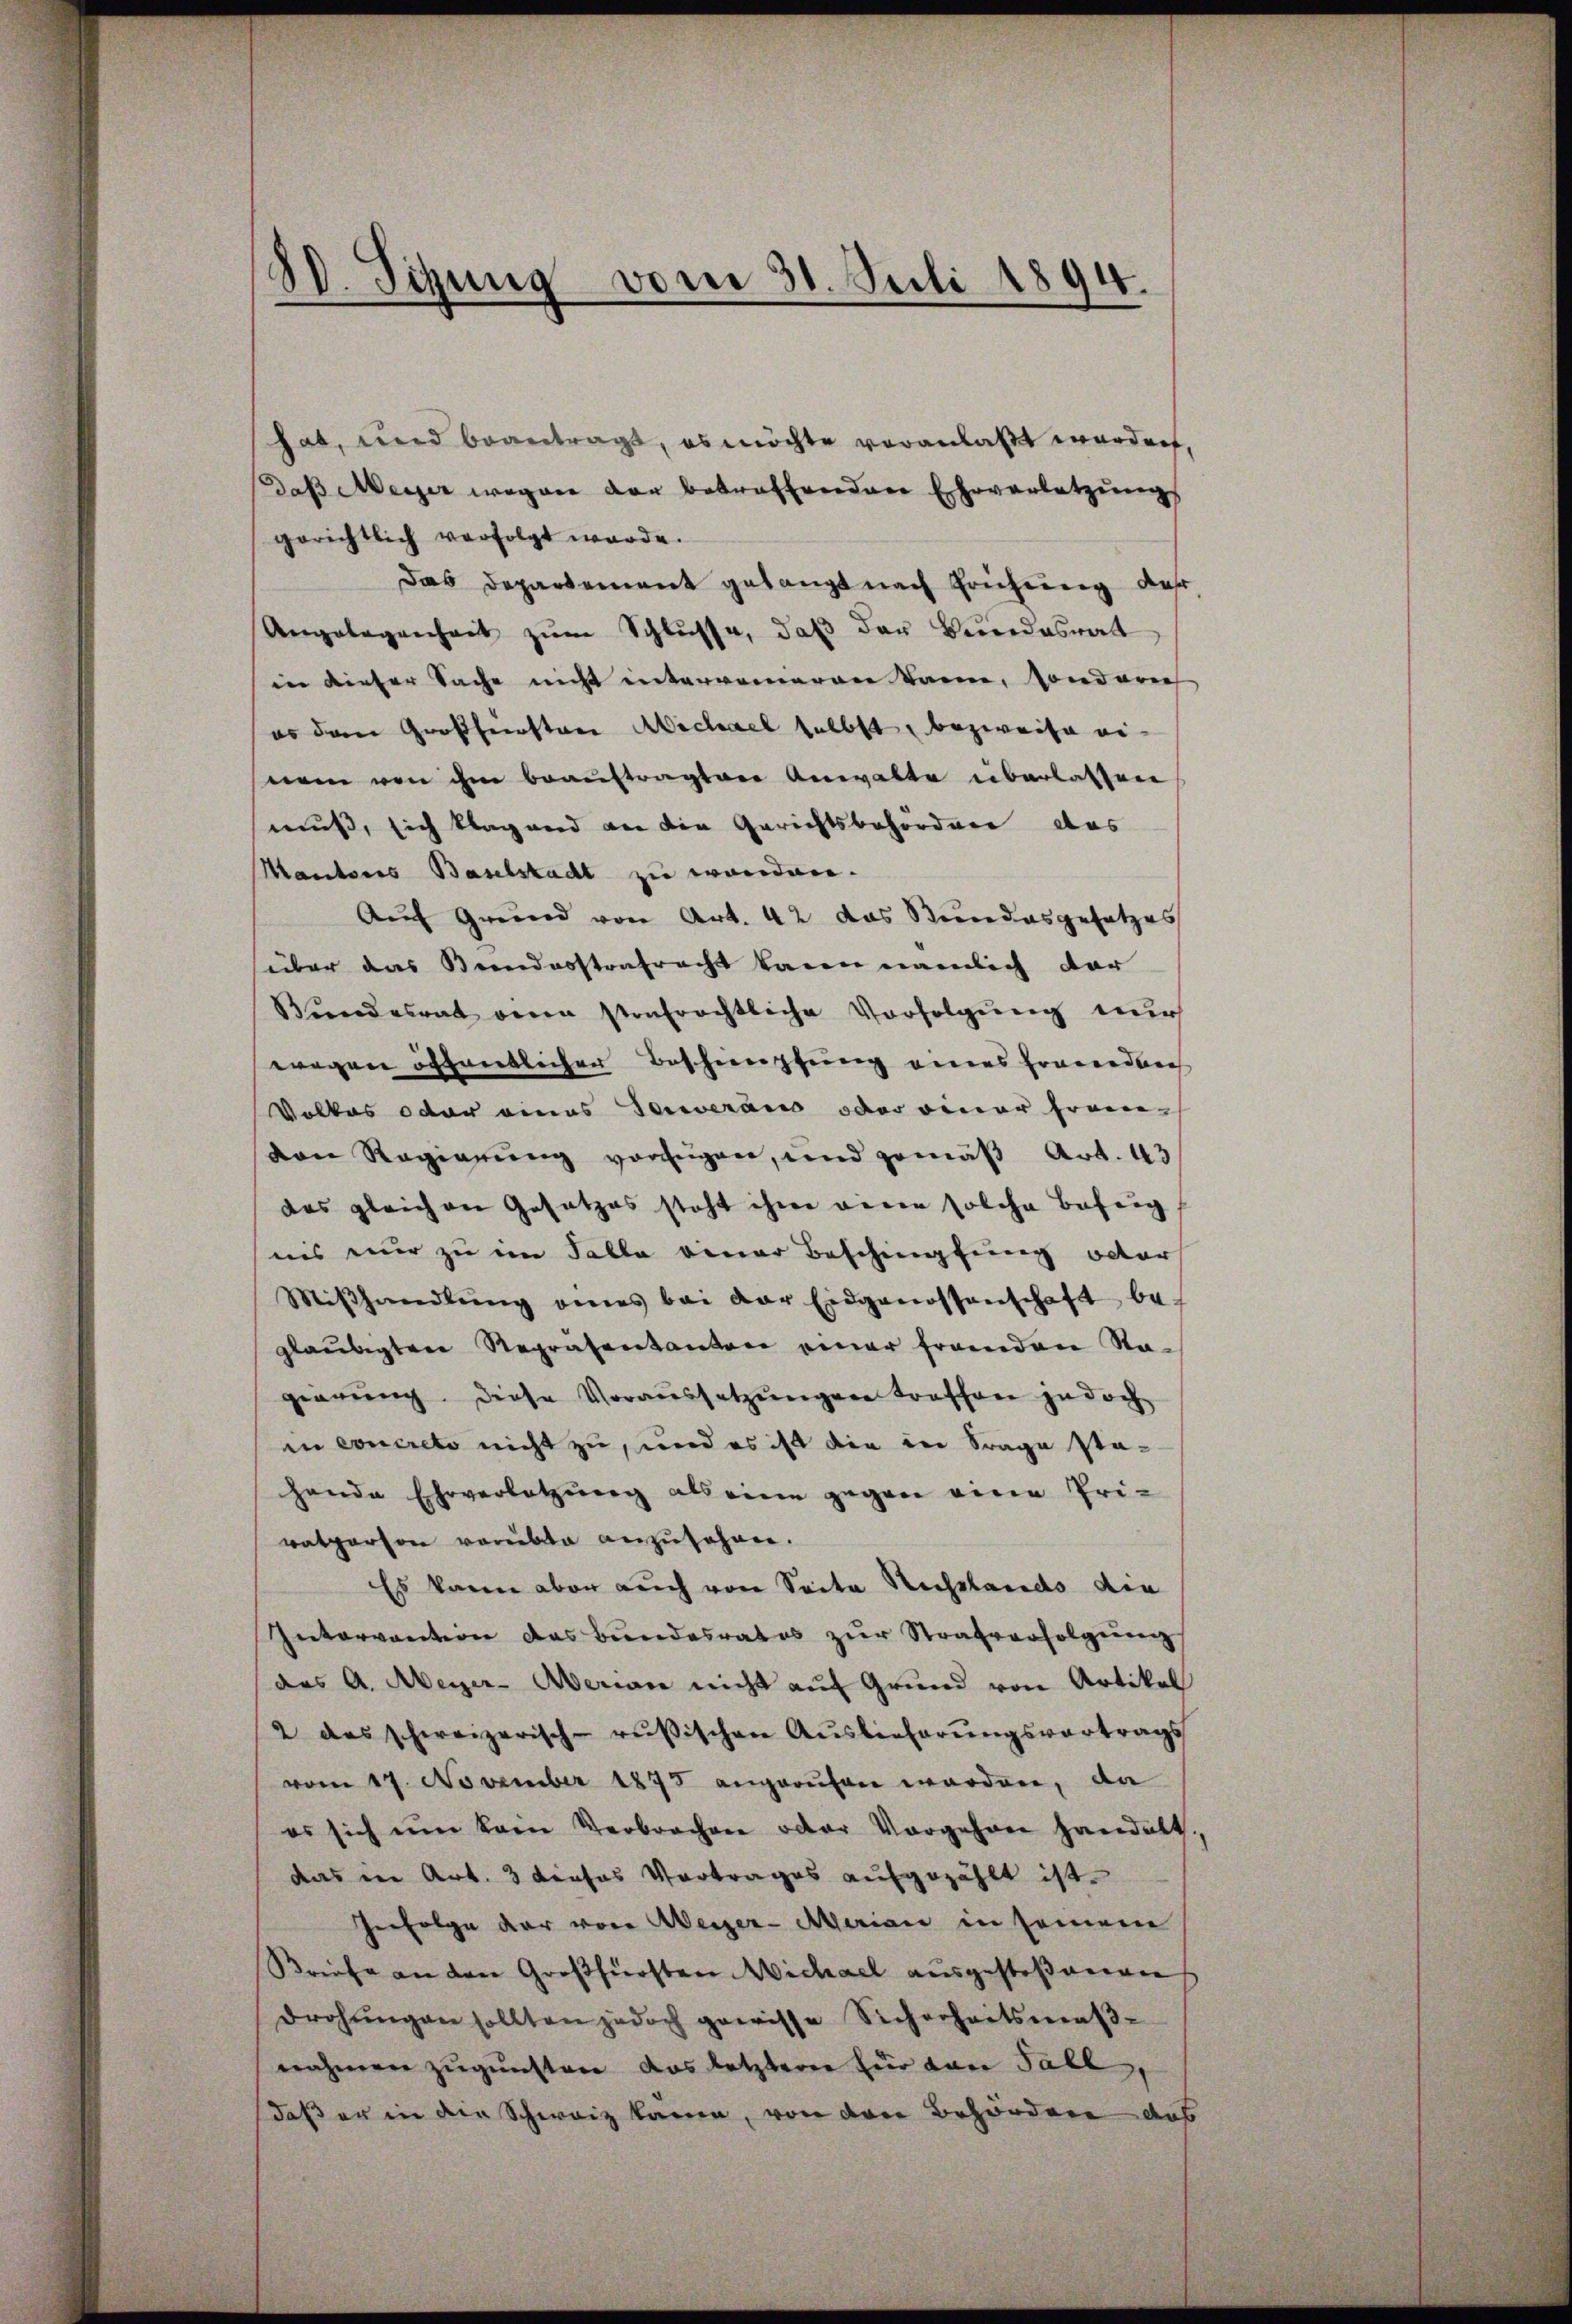
e
80. Sitzung vom 31. Seili 1894.

hab, und beantragt, es möchte veranlaßt worden,
Daβ Meyer wegen der betreffenden Eheverletzŭng
gerichtlich verfolgt werde.
Das Departement gelangt nach Frührung des
Angelegenheit zŭm Schlüsse, daß der Berndesrat
in dieser Sache nicht interromeren kann, sonderie
es dem Großherrsten Michael selbst, bezweife ei
nee von ihm beauftragten Anwalte überlassen
muß, sich klagend an die Gerichtsbehördener das
Mautoris Baselstadt zu werden.
Auf Grund von Art. 42 das Bundesgesetzes
über das Beendesstrafracht kann nämlich dar
Bundesrat denn strafrechtliche Vorfolgung nur
wegen öffentlicher Bescheinpfung eines Eraecedurch
Volkes oder eines Generaus oder einer fremvon Regierung vorzügen, und gemäß Art. 43
das gleichen Gesetzes steht ihme verer solche Befug
nis nur zu im Falle einer Beschimpfung oder
Miβhandlŭng eines bei der Eidgenossenschaft be-
gläubigten Repräsentanton einer franden Stagierung. Diese Voraussetzŭngen traffen jedoch
in concreto nicht zu, und es ist die in Frage stahande Ehrverletzŭng als eine gegen eine Pri-
vatperson verübte anzusehen.
Es kann aber auch von Seite Rechslands die
Intervention das Bundesrates zŭr Strafverfolgŭng
das A. Meyer-Aerian nicht auf Grund von Artikal
2 das schweizerisch-rußischen Auslieferungsvortrags
vom 17. November 1875 angerufen worden, da
es sich um kam Verbrachen oder Vorgehren handelt,
das in Art. 3 dieses Vortrages aufgezählt ist.
erfolge der vor Weizer-Marian in seinem
Briefe an den Großfürsten Michael ausgestoßnergen
drohŭngen sollten jedoch gewisse Sicherheitsmaβ-
nahmen zugunsten das letzterer für dan Fall,
daß er in die Schweiz kann, von den Behördere das